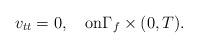
LaTeX: \begin{align*}v_{tt}=0,\quad\mbox{on}\Gamma_f\times(0,T).\end{align*}